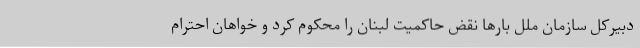
دبیرکل سازمان ملل بارها نقض حاکمیت لبنان را محکوم کرد و خواهان احترام